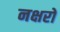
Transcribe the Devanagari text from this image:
नक्षरों